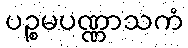
ပဉ္စမပဏ္ဏာသကံ